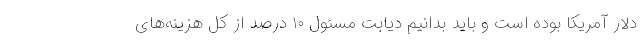
دلار آمریکا بوده است و باید بدانیم دیابت مسئول ۱۰ درصد از کل هزینه‌های